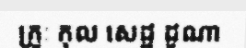
គ្រូៈ កុល សេដ្ឋ ដូណា